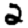
Digit: 2